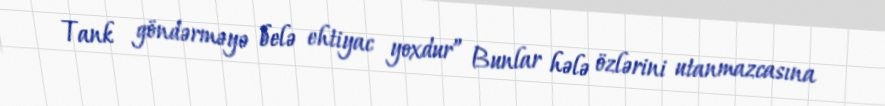
Tank göndərməyə belə ehtiyac yoxdur” Bunlar hələ özlərini utanmazcasına